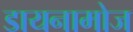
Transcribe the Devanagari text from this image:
डायनामोज